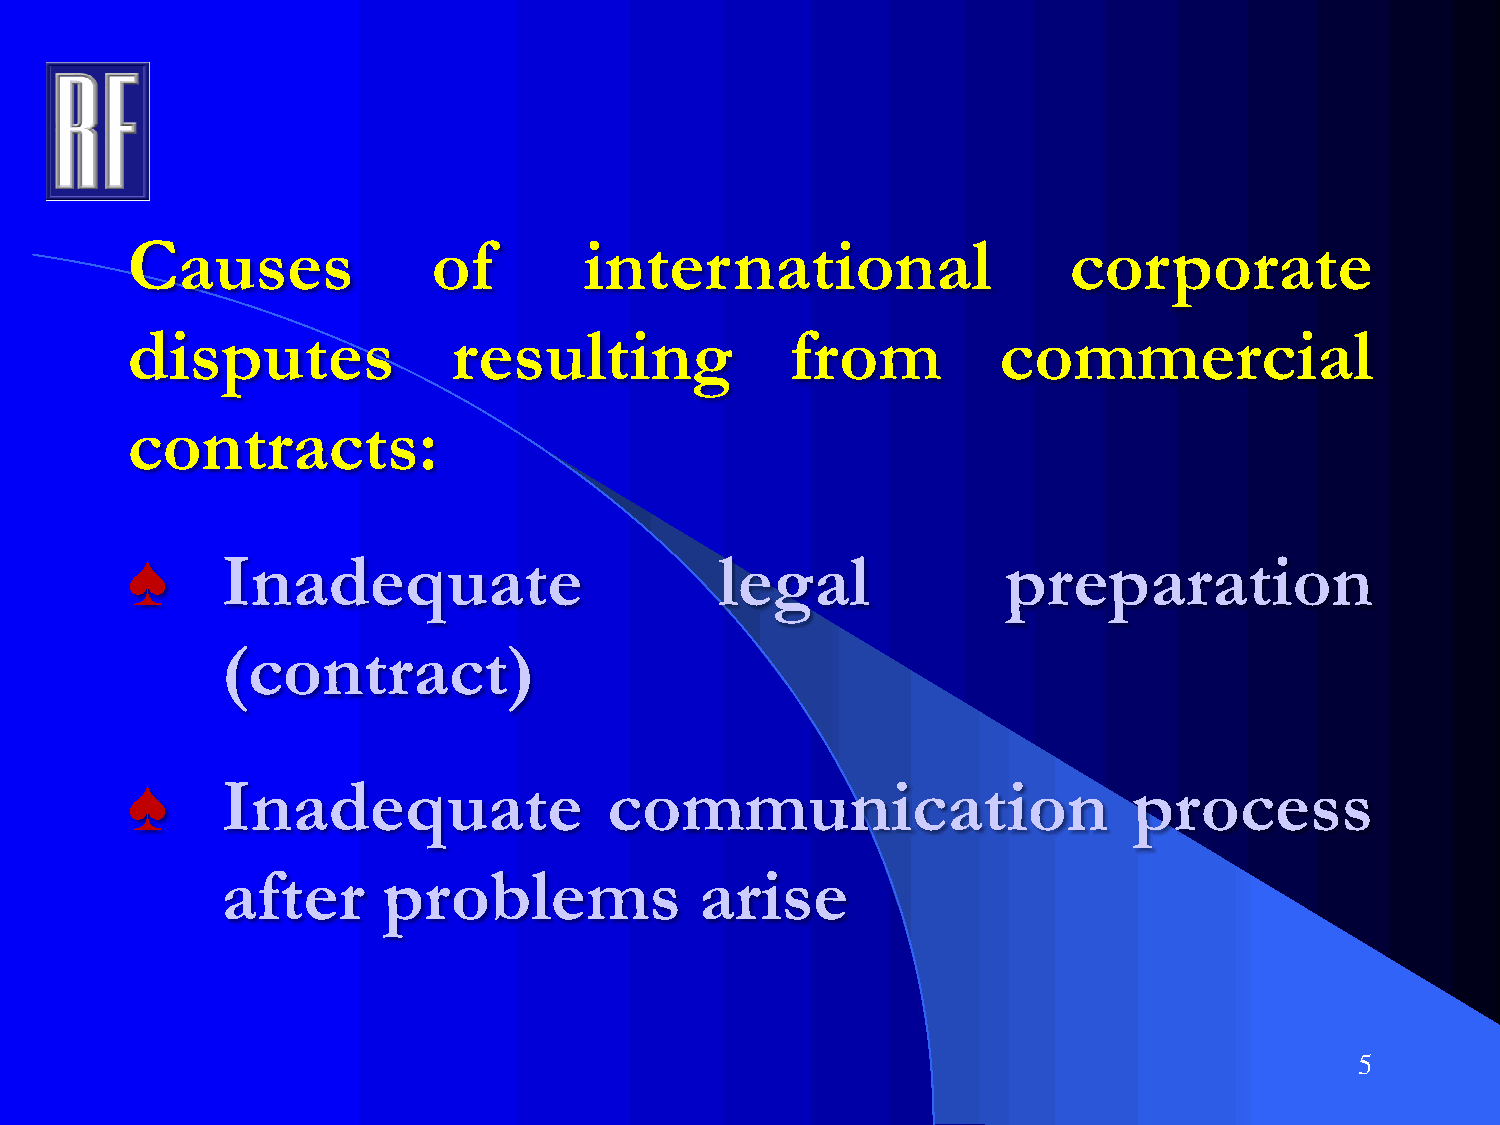
Causes               of        international                   corporate
 disputes              resulting             from          commercial
 contracts:
 ♠      Inadequate                       legal              preparation
 (contract)
 ♠      Inadequate               communication                      process
 after     problems             arise
 5